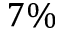
7 \%